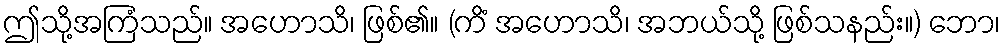
ဤသို့အကြံသည်။ အဟောသိ၊ ဖြစ်၏။ (ကိံ အဟောသိ၊ အဘယ်သို့ ဖြစ်သနည်း။) ဘော၊